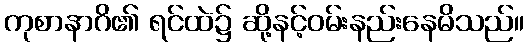
ကုစာနာဂိ၏ ရင်ထဲ၌ ဆို့နင့်ဝမ်းနည်းနေမိသည်။